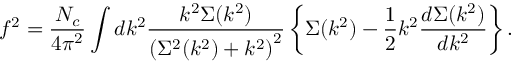
f ^ { 2 } = { \frac { N _ { c } } { 4 \pi ^ { 2 } } } \int d k ^ { 2 } { \frac { k ^ { 2 } \Sigma ( k ^ { 2 } ) } { \left( \Sigma ^ { 2 } ( k ^ { 2 } ) + k ^ { 2 } \right) ^ { 2 } } } \left\{ \Sigma ( k ^ { 2 } ) - { \frac { 1 } { 2 } } k ^ { 2 } { \frac { d \Sigma ( k ^ { 2 } ) } { d k ^ { 2 } } } \right\} .